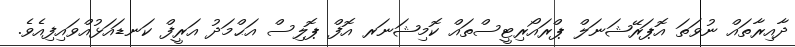
ދާއިރާތައް ނުވަތަ އޮޕަރޭޝަނަލް ޕްރައޯރިޓީސްތައް ކޮމިޝަނަރ އޮފް ޕޮލިސް އަޙްމަދު އަރީފް ކަނޑައަޅުއްވައިފިއެވެ.